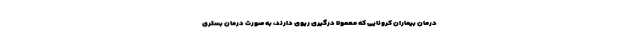
درمان بیماران کرونایی که معمولا درگیری ریوی دارند، به صورت درمان بستری